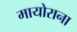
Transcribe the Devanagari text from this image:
मायोराना